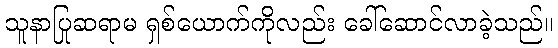
သူနာပြုဆရာမ ရှစ်ယောက်ကိုလည်း ခေါ်ဆောင်လာခဲ့သည်။